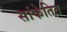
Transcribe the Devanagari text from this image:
सांकेतित